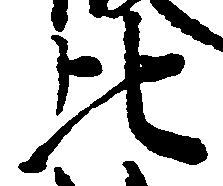
比